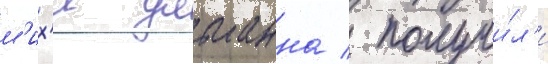
м'их'и ульманна / получи́л'и